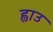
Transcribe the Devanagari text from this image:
ह्वाउ